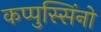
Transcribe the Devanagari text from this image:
कप्पुस्सिंनो